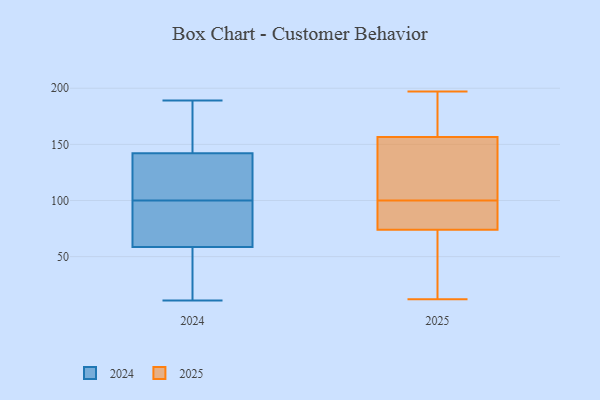
{"axis": {"x": "Demand Index", "y": "Value"}, "legend": ["2024", "2025"], "data": [{"x": "", "y": 84, "type": "2025"}, {"x": "", "y": 69, "type": "2025"}, {"x": "", "y": 39, "type": "2025"}, {"x": "", "y": 96, "type": "2025"}, {"x": "", "y": 82, "type": "2025"}, {"x": "", "y": 79, "type": "2025"}, {"x": "", "y": 174, "type": "2025"}, {"x": "", "y": 163, "type": "2025"}, {"x": "", "y": 128, "type": "2025"}, {"x": "", "y": 12, "type": "2025"}, {"x": "", "y": 104, "type": "2025"}, {"x": "", "y": 58, "type": "2025"}, {"x": "", "y": 169, "type": "2025"}, {"x": "", "y": 15, "type": "2025"}, {"x": "", "y": 87, "type": "2025"}, {"x": "", "y": 150, "type": "2025"}, {"x": "", "y": 166, "type": "2025"}, {"x": "", "y": 197, "type": "2025"}, {"x": "", "y": 112, "type": "2025"}, {"x": "", "y": 143, "type": "2025"}, {"x": "", "y": 73, "type": "2024"}, {"x": "", "y": 189, "type": "2024"}, {"x": "", "y": 11, "type": "2024"}, {"x": "", "y": 28, "type": "2024"}, {"x": "", "y": 128, "type": "2024"}, {"x": "", "y": 111, "type": "2024"}, {"x": "", "y": 151, "type": "2024"}, {"x": "", "y": 68, "type": "2024"}, {"x": "", "y": 187, "type": "2024"}, {"x": "", "y": 56, "type": "2024"}, {"x": "", "y": 101, "type": "2024"}, {"x": "", "y": 31, "type": "2024"}, {"x": "", "y": 88, "type": "2024"}, {"x": "", "y": 187, "type": "2024"}, {"x": "", "y": 127, "type": "2024"}, {"x": "", "y": 25, "type": "2024"}, {"x": "", "y": 146, "type": "2024"}, {"x": "", "y": 61, "type": "2024"}, {"x": "", "y": 138, "type": "2024"}, {"x": "", "y": 99, "type": "2024"}]}